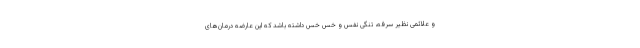
و علائمی نظیر سرفه، تنگی نفس و خس خس داشته باشد که این عارضه درمان‌های